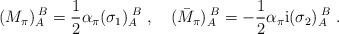
LaTeX: \begin{align*} (M_\pi)_A^{\;B}=\frac{1}{2}\alpha_{\pi}(\sigma_1)_A^{\;B}\ ,\quad (\bar{M}_{\pi})_A^{\;B}=-\frac{1}{2}\alpha_{\pi}{\rm i}(\sigma_2)_A^{\;B}\ .\end{align*}